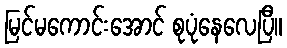
မြင်မကောင်းအောင် စုပုံနေလေပြီ။